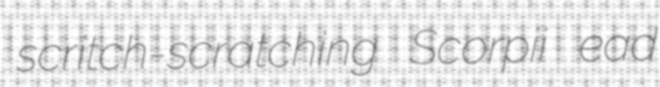
scritch-scratching Scorpii ead